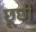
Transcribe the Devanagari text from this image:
छूछी